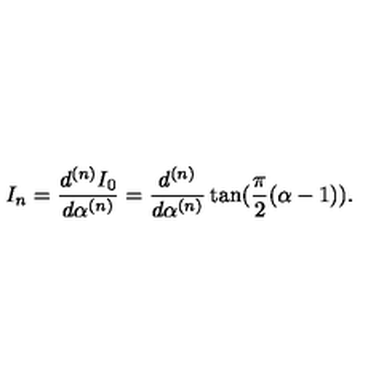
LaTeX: I _ { n } = \frac { d ^ { ( n ) } I _ { 0 } } { d \alpha ^ { ( n ) } } = \frac { d ^ { ( n ) } } { d \alpha ^ { ( n ) } } \tan ( \frac { \pi } { 2 } ( \alpha - 1 ) ) .